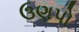
ઉણપો